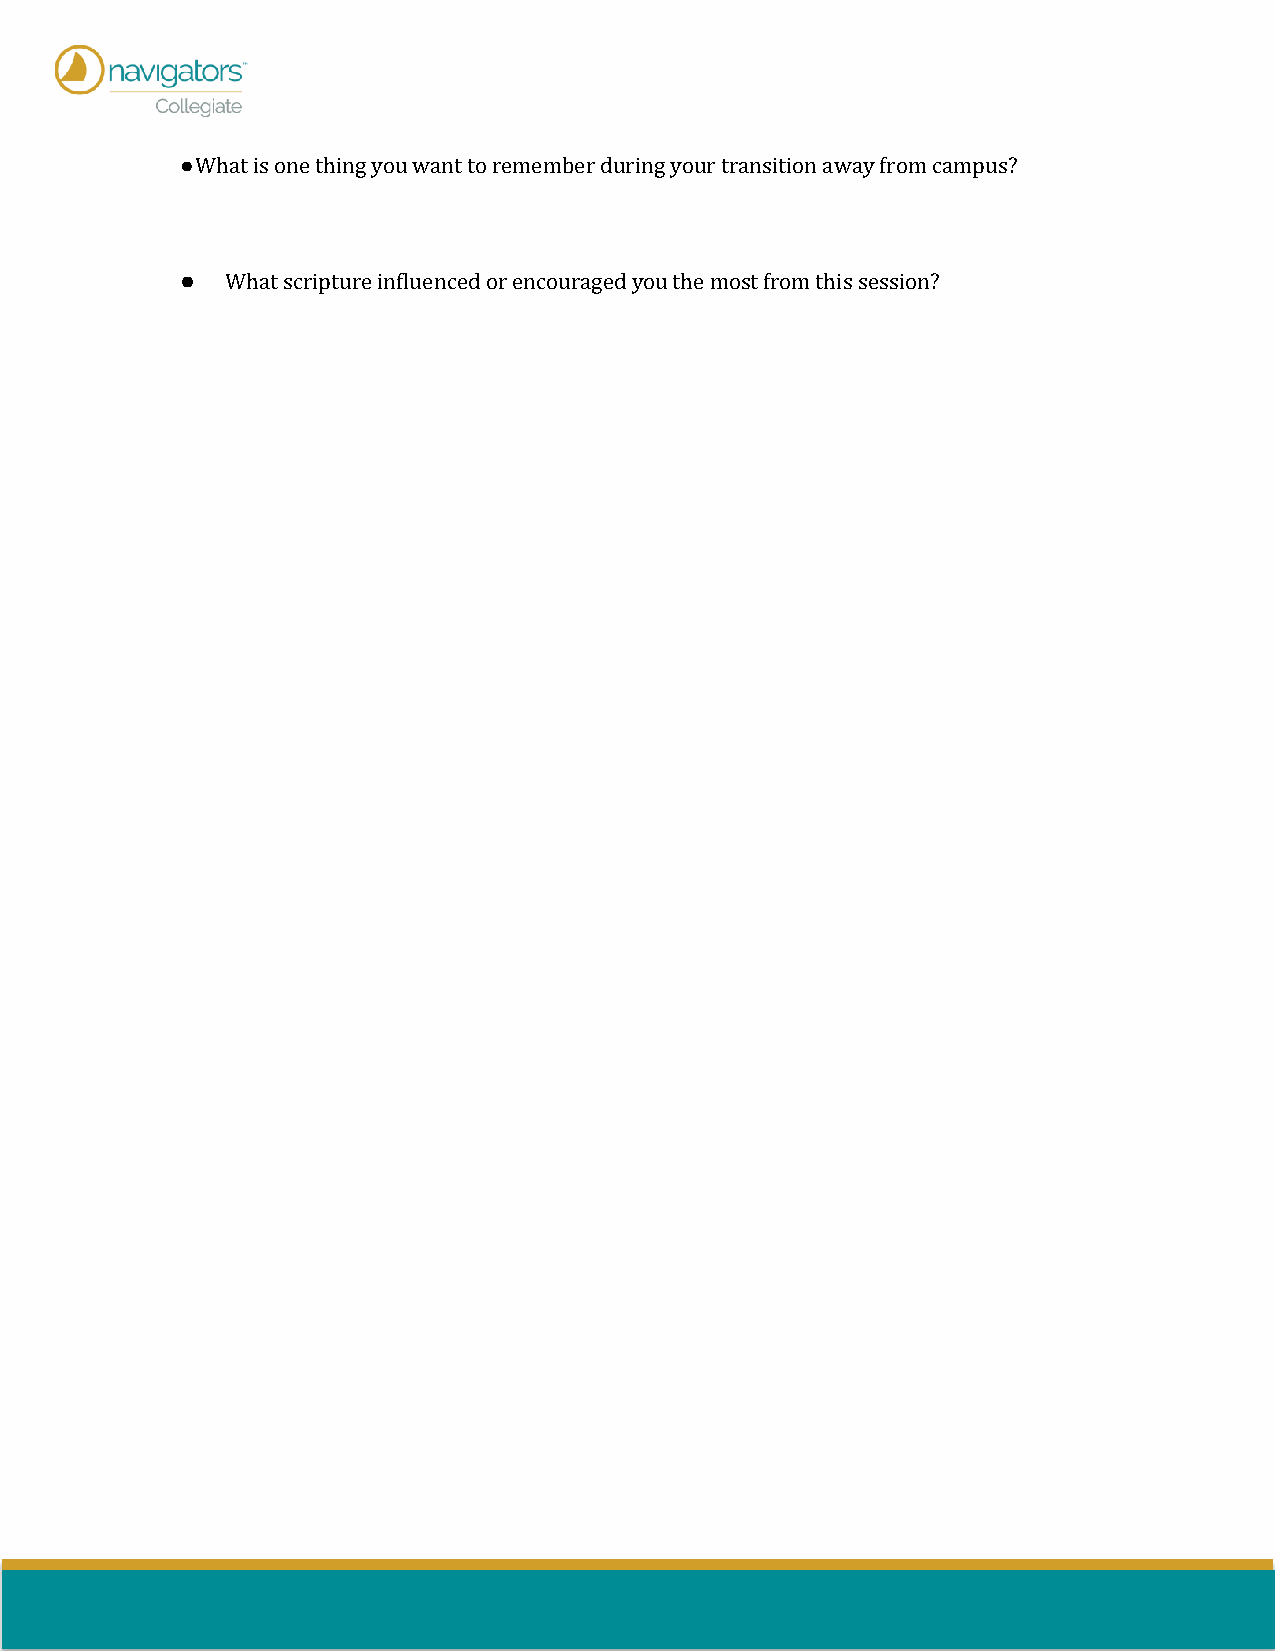
● What is one thing you want to remember during your transition away from campus?
 ●  What scripture influenced or encouraged you the most from this session?